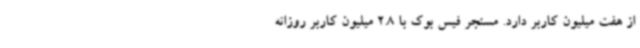
از هفت میلیون کاربر دارد. مسنجر فیس بوک با 2.8 میلیون کاربر روزانه